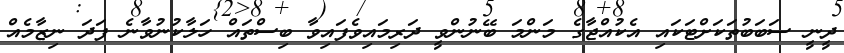
ދީނީ ސަބަބުތަކަށްޓަކައި އެކުއްޖާގެ މަންމަ ބޭނުންވީ ދަރިމައިވެފައިވާ ބިސްތައް ހަލާކުނުވާނެ ފަދަ ނިޒާމެއް